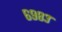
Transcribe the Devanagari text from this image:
६९८३